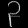
Digit: ၃